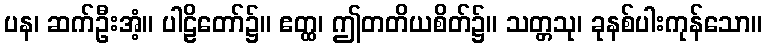
ပန၊ ဆက်ဦးအံ့။ ပါဠိတော်၌။ ဧတ္ထ၊ ဤတတိယစိတ်၌။ သတ္တသု၊ ခုနစ်ပါးကုန်သော။